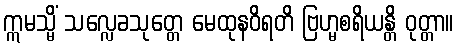
ဣမသ္မိံ သလ္လေခသုတ္တေ မေထုနဝိရတိ ဗြဟ္မစရိယန္တိ ဝုတ္တာ။